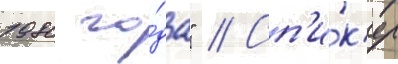
1980 го́да" // Сп'и́к'ер